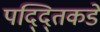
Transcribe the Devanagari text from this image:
पद्द्तिकडे